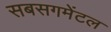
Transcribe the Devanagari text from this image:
सबसगमेंटल